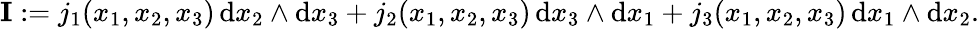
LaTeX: \mathbf{I}:=j_{1}(x_{1},x_{2},x_{3})\, \mathrm{{d}}x_{2}\wedge\mathrm{{d}}x_{3}+j_{2}(x_{1},x_{2},x_{3})\, \mathrm{{d}}x_{3}\wedge\mathrm{{d}}x_{1}+j_{3}(x_{1},x_{2},x_{3})\, \mathrm{{d}}x_{1}\wedge\mathrm{{d}}x_{2}.